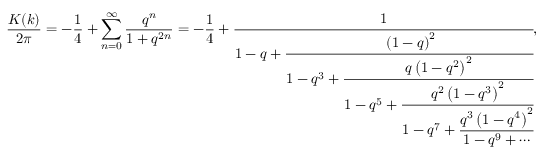
{ \frac { K ( k ) } { 2 \pi } } = - { \frac { 1 } { 4 } } + \sum _ { n = 0 } ^ { \infty } { \frac { q ^ { n } } { 1 + q ^ { 2 n } } } = - { \frac { 1 } { 4 } } + { \cfrac { 1 } { 1 - q + { \cfrac { \left( 1 - q \right) ^ { 2 } } { 1 - q ^ { 3 } + { \cfrac { q \left( 1 - q ^ { 2 } \right) ^ { 2 } } { 1 - q ^ { 5 } + { \cfrac { q ^ { 2 } \left( 1 - q ^ { 3 } \right) ^ { 2 } } { 1 - q ^ { 7 } + { \cfrac { q ^ { 3 } \left( 1 - q ^ { 4 } \right) ^ { 2 } } { 1 - q ^ { 9 } + \cdots } } } } } } } } } } ,